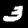
Digit: 3